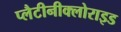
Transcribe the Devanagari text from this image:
प्लैटीनीक्लोराइड